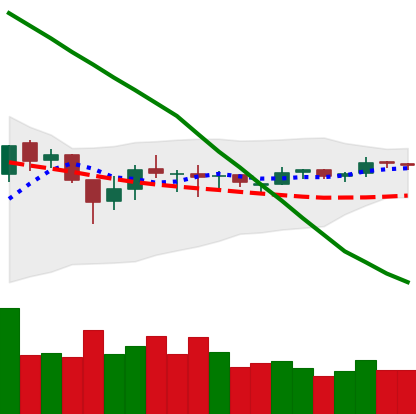
Ticker: EOS-USD
Chart end date: 2018-10-10
Forward return: -6.954%
Label: down_5_7